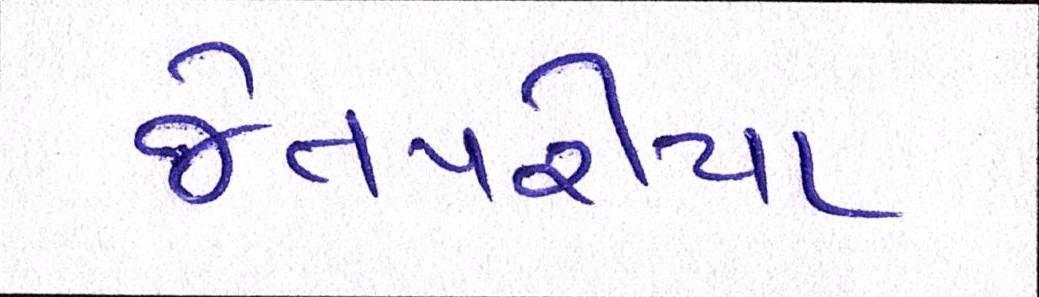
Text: જેતપરીયા